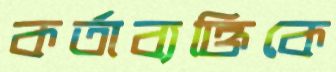
কর্তাব্যক্তিকে